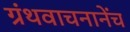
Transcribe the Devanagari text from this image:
ग्रंथवाचनानेंच